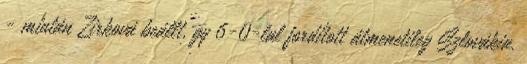
- miután Zirková beállt, gy 6-0-lal fordított átmenetileg Szlovákia.